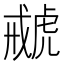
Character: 𧇑